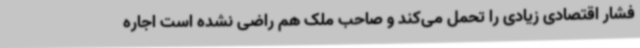
فشار اقتصادی زیادی را تحمل می‌کند و صاحب ملک هم راضی نشده است اجاره